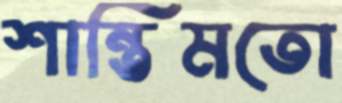
শান্তিমতো